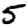
Digit: 5